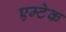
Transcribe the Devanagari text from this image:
एम्टेक